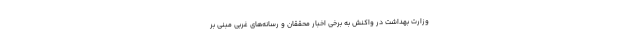
وزارت بهداشت در واکنش به برخی اخبار محققان و رسانه‌های غربی مبنی بر